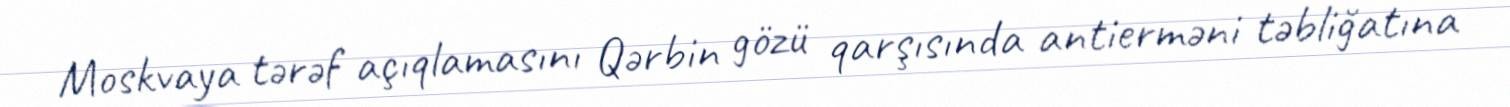
Moskvaya tərəf açıqlamasını Qərbin gözü qarşısında antierməni təbliğatına